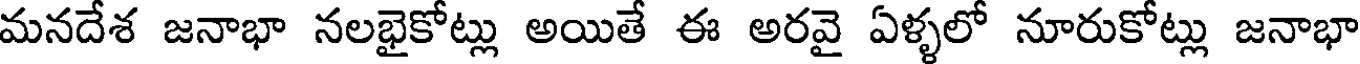
మనదేశ జనాభా నలభైకోట్లు అయితే ఈ అరవై ఏళ్ళలో నూరుకోట్లు జనాభా